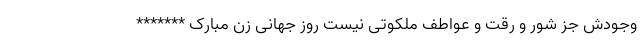
وجودش جز شور و رقت و عواطف ملکوتی نیست روز جهانی زن مبارک *******